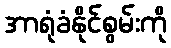
အာရုံခံနိုင်စွမ်းကို